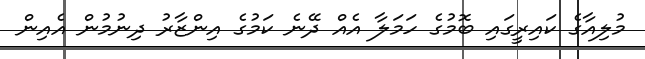
މުލިއާގެ ކައިރީގައި ބޮމުގެ ހަމަލާ އެއް ދޭނެ ކަމުގެ އިންޒާރު ދިނުމުން އެއިން